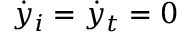
\dot { y } _ { i } = \dot { y } _ { t } = 0